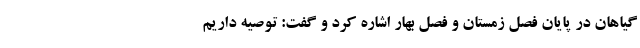
گیاهان در پایان فصل زمستان و فصل بهار اشاره کرد و گفت: توصیه داریم